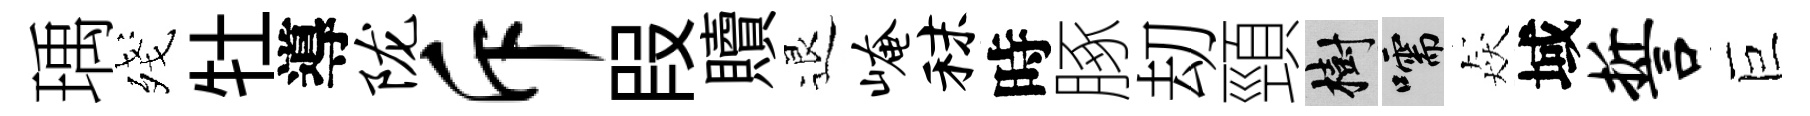
瑀殘牡導陇斥叚贖退崦秣時䐁刧頸樹嚅猋域誓巨